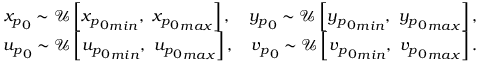
\begin{array} { r } { { x _ { p } } _ { 0 } \sim \mathcal { U } \left[ { { x _ { p } } _ { 0 } } _ { m i n } , \ { { x _ { p } } _ { 0 } } _ { m a x } \right] , \ \ \ { y _ { p } } _ { 0 } \sim \mathcal { U } \left[ { { y _ { p } } _ { 0 } } _ { m i n } , \ { { y _ { p } } _ { 0 } } _ { m a x } \right] , } \\ { { u _ { p } } _ { 0 } \sim \mathcal { U } \left[ { { u _ { p } } _ { 0 } } _ { m i n } , \ { { u _ { p } } _ { 0 } } _ { m a x } \right] , \ \ \ { v _ { p } } _ { 0 } \sim \mathcal { U } \left[ { { v _ { p } } _ { 0 } } _ { m i n } , \ { { v _ { p } } _ { 0 } } _ { m a x } \right] . } \end{array}